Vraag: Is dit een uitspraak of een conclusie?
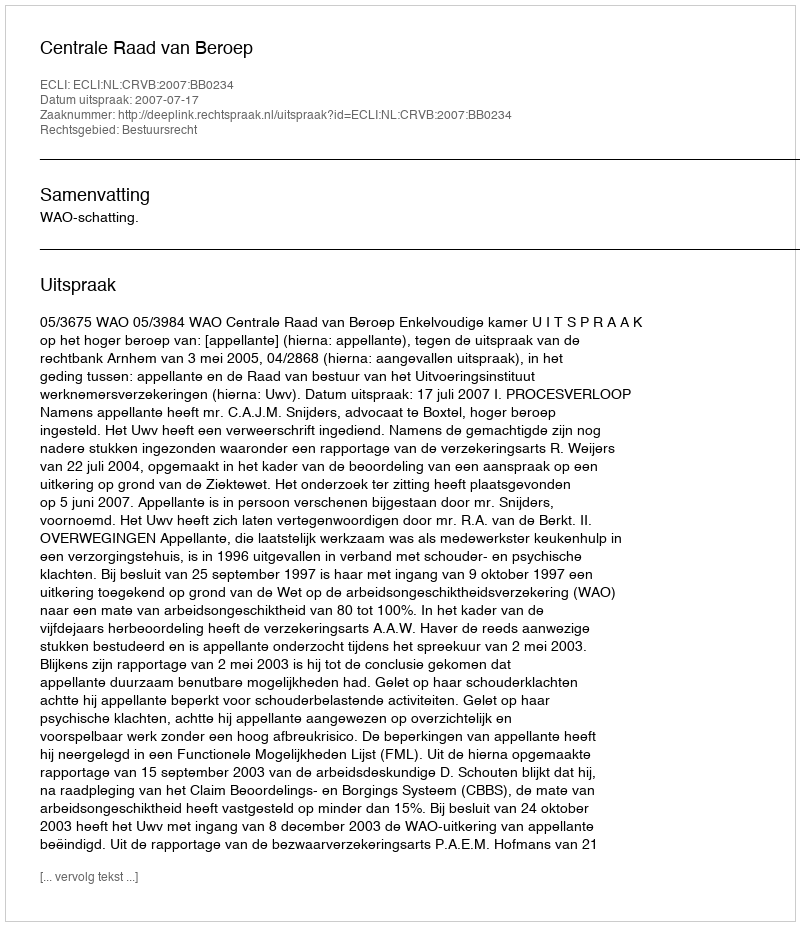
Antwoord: Uitspraak